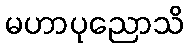
မဟာပုညောသိ